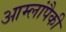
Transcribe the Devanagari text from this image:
आम्लांपैकी